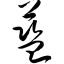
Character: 蓝